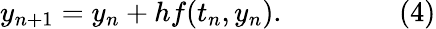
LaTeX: y_{n+1}=y_{n}+hf(t_{n},y_{n}).\qquad\qquad(4)